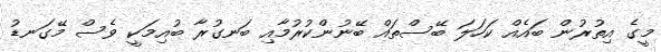
މީގެ އިތުރުން ބައެއް ކަހަލަ ބޭސްތައް ބޭނުންކުރުމާއި ބަނގުރާ ބުއިމަކީ ވެސް މޭގަނޑު